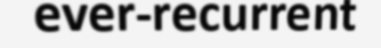
ever-recurrent